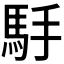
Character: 𱄒